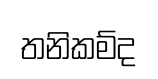
තනිකම්ද